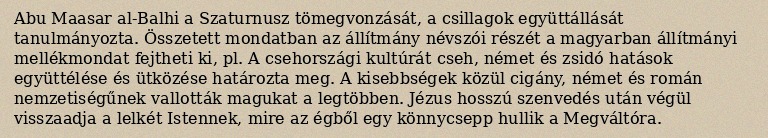
Abu Maasar al-Balhi a Szaturnusz tömegvonzását, a csillagok együttállását tanulmányozta. Összetett mondatban az állítmány névszói részét a magyarban állítmányi mellékmondat fejtheti ki, pl. A csehországi kultúrát cseh, német és zsidó hatások együttélése és ütközése határozta meg. A kisebbségek közül cigány, német és román nemzetiségűnek vallották magukat a legtöbben. Jézus hosszú szenvedés után végül visszaadja a lelkét Istennek, mire az égből egy könnycsepp hullik a Megváltóra.